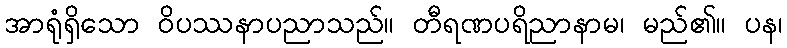
အာရုံရှိသော ဝိပဿနာပညာသည်။ တီရဏပရိညာနာမ၊ မည်၏။ ပန၊